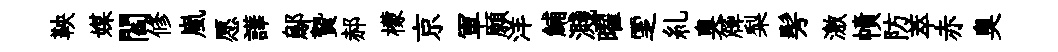
鞅媒閻修嵐愿譁鄔贄郝檬京軍願洋鯆濺曜覂糺臭簰梨髣激幘防萃赤臭